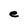
Character: e